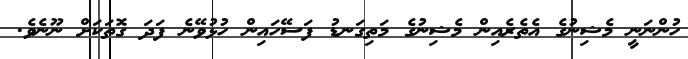
ހުންނަނީ މެޝިނުގެ އެތެރެއިން މެޝިނުގެ މަތިގަނޑު ފަސޭހައިން ހުޅުވޭނެ ފަދަ ގޮތަކަށް ނޫނެވެ.